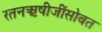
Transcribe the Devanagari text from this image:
रतनऋषीजींसोबत